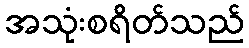
အသုံးစရိတ်သည်